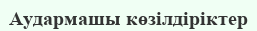
Аудармашы көзілдіріктер